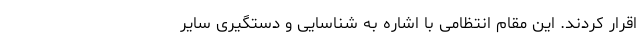
اقرار کردند. این مقام انتظامی با اشاره به شناسایی و دستگیری سایر